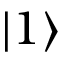
| 1 \rangle